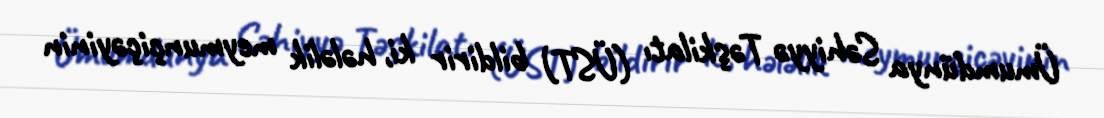
Ümumdünya Səhiyyə Təşkilatı (ÜST) bildirir ki, hələlik meymunçiçəyinin